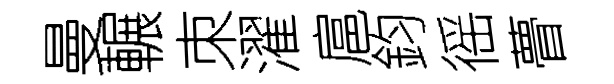
曼輾朿濯扈鈞徭瞢